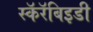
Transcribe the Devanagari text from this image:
स्कॅरॅबिइडी